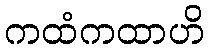
ကထံကထာဟိ